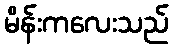
မိန်းကလေးသည်